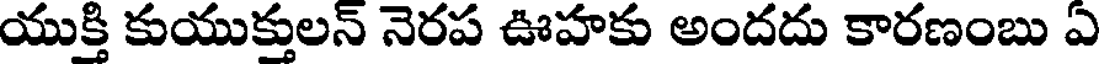
యుక్తి కుయుక్తులన్ నెరప ఊహకు అందదు కారణంబు ఏ